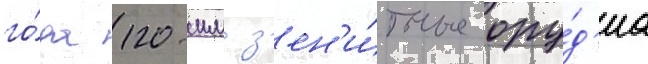
го́да 120-мм з'ен'и́тные ору́д'иа